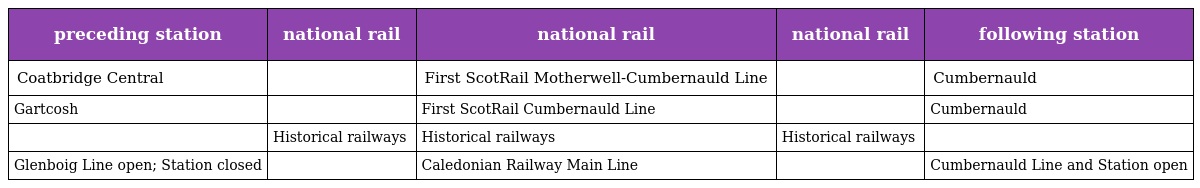
| preceding station | national rail | national rail | national rail | following station |
 | --- | --- | --- | --- | --- |
 | Coatbridge Central |  | First ScotRail Motherwell-Cumbernauld Line |  | Cumbernauld |
 | Gartcosh |  | First ScotRail Cumbernauld Line |  | Cumbernauld |
 |  | Historical railways | Historical railways | Historical railways |  |
 | Glenboig Line open; Station closed |  | Caledonian Railway Main Line |  | Cumbernauld Line and Station open |